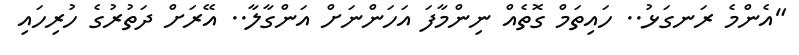
"އެންމެ ރަނގަޅު.. ހައިތަމް ގޮތެއް ނިންމާފަ އަހަންނަށް އަންގާލާ.. އޭރަށް ދަތުރުގެ ހުރިހައި